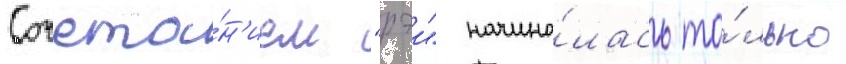
Сочета́н'ием "рэи" начина́лась то́лько